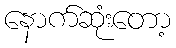
နောက်ဆုံးတော့